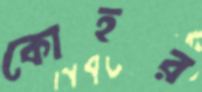
কোহর